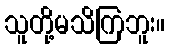
သူတို့မသိကြဘူး။